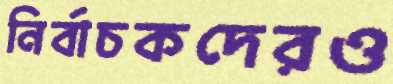
নির্বাচকদেরও